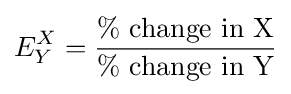
E_{Y}^{X}={\frac {\%\ {\mbox{change in   X}}}{\%\ {\mbox{change in   Y}}}}